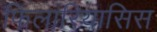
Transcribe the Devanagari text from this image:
फिलारियासिस